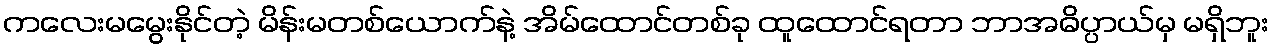
ကလေးမမွေးနိုင်တဲ့ မိန်းမတစ်ယောက်နဲ့ အိမ်ထောင်တစ်ခု ထူထောင်ရတာ ဘာအဓိပ္ပာယ်မှ မရှိဘူး